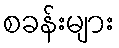
စခန်းများ